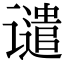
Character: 谴